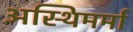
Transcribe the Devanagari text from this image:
अस्थिमर्मा